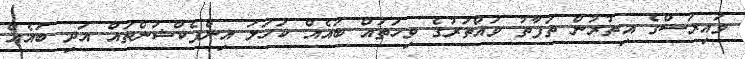
ވައިރަސްގެ އިތުރުން ތަފާތު ވައްތަރުގެ ވިހަތައް ބައެއް ކަހަލަ އިންފެކްޝަންތައް އަދި ބައެއް